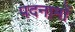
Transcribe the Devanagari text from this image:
पदनामों